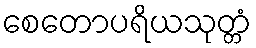
စေတောပရိယသုတ္တံ